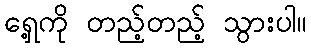
ရှေ့ကို တည့်တည့် သွားပါ။